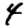
Digit: 4